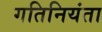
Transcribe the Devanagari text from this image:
गतिनियंता